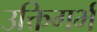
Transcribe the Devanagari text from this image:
उक्तिगर्भ